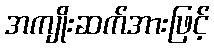
အကျိုးဆက်အားဖြင့်